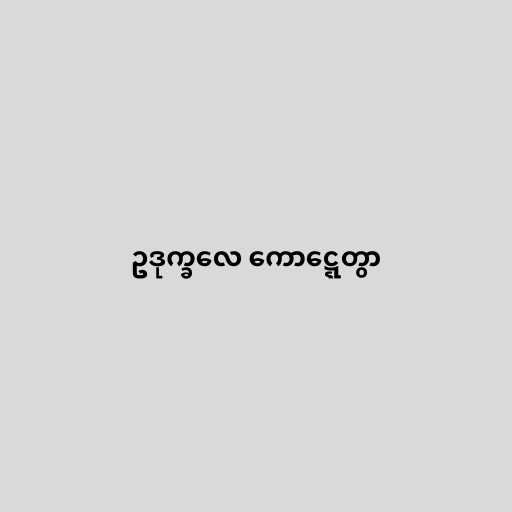
ဥဒုက္ခလေ ကောဋ္ဋေတွာ